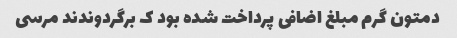
دمتون گرم مبلغ اضافی پرداخت شده بود ک برگردوندند مرسی